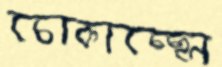
চোকাচ্ছেন